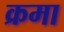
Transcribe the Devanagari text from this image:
क्रमा